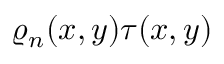
\varrho _ { n } ( x , y ) \tau ( x , y )